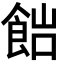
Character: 𩛎